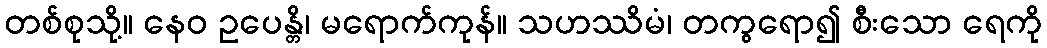
တစ်စုသို့။ နေဝ ဥပေန္တိ၊ မရောက်ကုန်။ သဟဿိမံ၊ တကွရော၍ စီးသော ရေကို